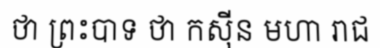
ថា ព្រះបាទ ថា កស៊ីន មហា រាជ